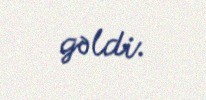
gəldi.